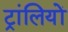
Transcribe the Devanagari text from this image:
ट्रांलियों